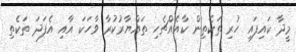
މީދާ ކައިފައި ހުރި ތަކެތިން ކާއެއްޗެހި ތައްޔާރުކުރާ ވާހަކަ އާއި އެފަދަ ތަކެތި